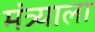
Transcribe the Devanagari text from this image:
मंत्र्याला